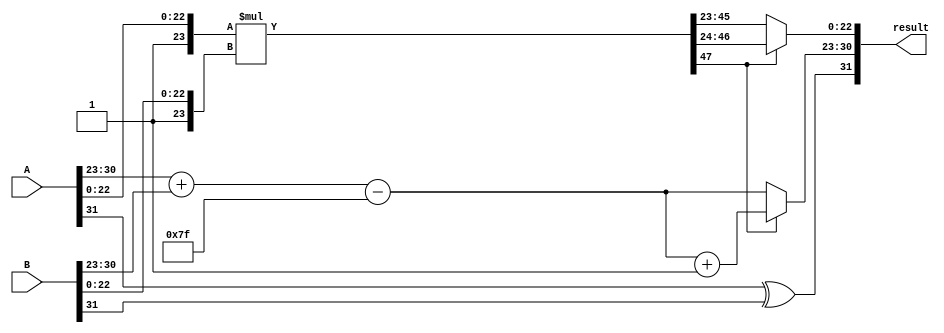
module floating_point_multiplier (
    input [31:0] A, // First floating-point input
    input [31:0] B, // Second floating-point input
    output reg [31:0] result // Output floating-point result
);

    // IEEE 754 single precision constants
    localparam EXPONENT_BIAS = 127;
    localparam MANTISSA_WIDTH = 23;

    // Extract sign, exponent, and mantissa
    wire signA = A[31];
    wire signB = B[31];
    wire [7:0] expA = A[30:23];
    wire [7:0] expB = B[30:23];
    wire [23:0] mantA = {1'b1, A[22:0]}; // Implicit leading 1 for normalized numbers
    wire [23:0] mantB = {1'b1, B[22:0]}; // Implicit leading 1 for normalized numbers

    // Sign of the result
    wire result_sign = signA ^ signB;

    // Exponent calculation
    wire [8:0] exp_sum = expA + expB - EXPONENT_BIAS;
    wire [7:0] result_exp = exp_sum[7:0];

    // Mantissa multiplication
    wire [47:0] mant_product = mantA * mantB; // 24 bits * 24 bits = 48 bits

    // Wallace tree reduction (simplified)
    wire [23:0] mantissa_out;
    wire [7:0] normalized_exp;
    wire shift;

    // Normalization and rounding logic (simplified)
    always @(*) begin
        if (mant_product[47]) begin
            // If the product is greater than 1, shift right
            mantissa_out = mant_product[46:24]; // Right shift
            normalized_exp = result_exp + 1; // Increment exponent
        end else begin
            mantissa_out = mant_product[45:23]; // No shift
            normalized_exp = result_exp;
        end
    end

    // Final result assembly
    always @(*) begin
        result = {result_sign, normalized_exp, mantissa_out[22:0]};
    end

endmodule